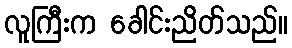
လူကြီးက ခေါင်းညိတ်သည်။